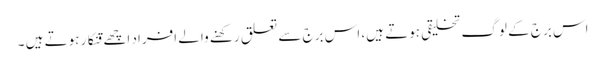
اس برج کے لوگ تخلیقی ہوتے ہیں، اس برج سے تعلق رکھنے والے افراد اچھے قنکار ہوتے ہیں ۔